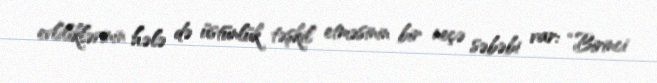
evliliklərinin hələ də üstünlük təşkil etməsinin bir neçə səbəbi var: “Birinci